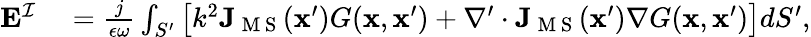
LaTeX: \begin{array}{rl}{\mathbf{E}^{\mathcal{I}}}&{{}{}=\frac{j}{\epsilon\omega}\int_{S^{\prime}}\big[k^{2}\mathbf{J}_{\mathrm{~M~S~}}(\mathbf{x}^{\prime})G(\mathbf{x},\mathbf{x}^{\prime})+\nabla^{\prime}\cdot\mathbf{J}_{\mathrm{~M~S~}}(\mathbf{x}^{\prime})\nabla G(\mathbf{x},\mathbf{x}^{\prime})\big]dS^{\prime},}\end{array}